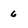
Character: 6